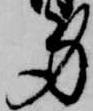
身